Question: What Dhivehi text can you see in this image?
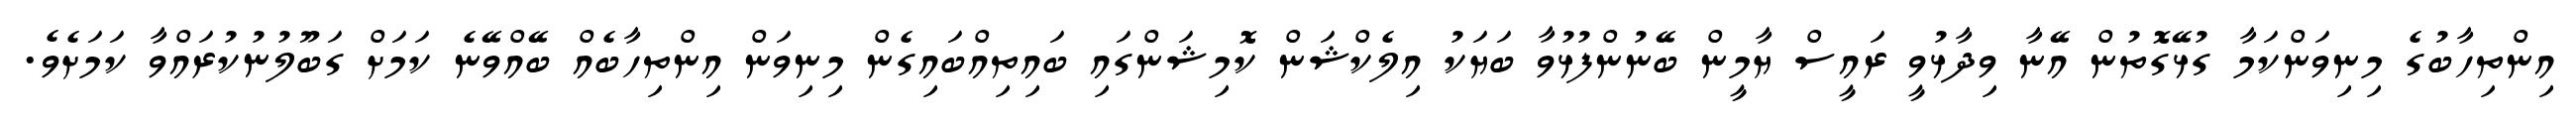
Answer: އިންތިހާބުގެ މިނިވަންކަމާ ގުޅޭގޮތުން އޭނާ ވިދާޅުވީ ރައީސް ޔާމީން ބޭނުންފުޅުވާ ބަޔަކު އިލެކްޝަން ކޮމިޝަންގައި ބައިތިއްބައިގެން މިނިވަން އިންތިހާބެއް ބޭއްވޭނެ ކަމަށް ގަބޫލުނުކުރައްވާ ކަމަށެވެ.